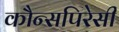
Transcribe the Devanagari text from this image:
कौन्सपिरेसी